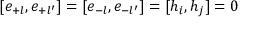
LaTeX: [ e _ { + l } , e _ { + l ^ { \prime } } ] = [ e _ { - l } , e _ { - l ^ { \prime } } ] = [ h _ { i } , h _ { j } ] = 0